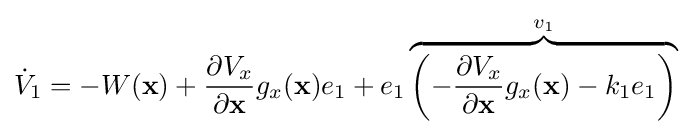
{\dot {V}}_{1}=-W(\mathbf {x} )+{\frac {\partial V_{x}}{\partial \mathbf {x} }}g_{x}(\mathbf {x} )e_{1}+e_{1}\overbrace {\left(-{\frac {\partial V_{x}}{\partial \mathbf {x} }}g_{x}(\mathbf {x} )-k_{1}e_{1}\right)} ^{v_{1}}